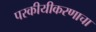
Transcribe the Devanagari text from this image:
परकीयीकरणाचा